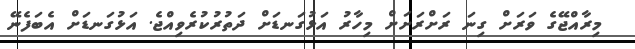
މިރާއްޖޭގެ ވަރަށް ގިނަ ރަށްރަށަށް މިހާރު އަޅުގަނޑަށް ދަތުރުކުރެވިއްޖެ. އަޅުގަނޑަށް އެބަފެނޭ